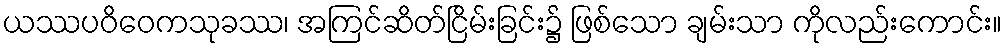
ယဿပဝိဝေကသုခဿ၊ အကြင်ဆိတ်ငြိမ်းခြင်း၌ ဖြစ်သော ချမ်းသာ ကိုလည်းကောင်း။